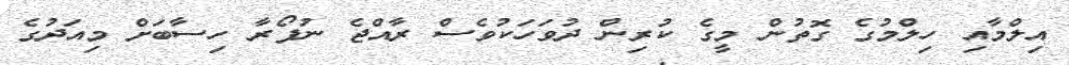
އިލްމާއި ހިލްމުގެ ގޮތުން މީގެ ކުރިން ދުވަހަކުވެސް ރާއްޖެ ނުފޯރާ ހިސާބަށް މިއަދުގެ